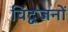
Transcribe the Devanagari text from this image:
विद्वजनों